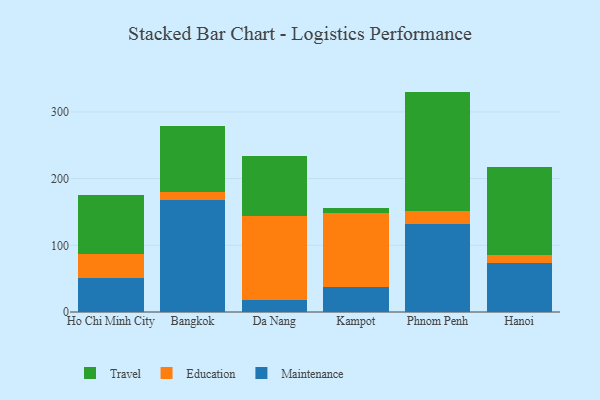
{"axis": {"x": "City", "y": "Latency (ms)"}, "legend": ["Education", "Maintenance", "Travel"], "data": [{"x": "Ho Chi Minh City", "y": 50.3, "type": "Maintenance"}, {"x": "Ho Chi Minh City", "y": 37.2, "type": "Education"}, {"x": "Ho Chi Minh City", "y": 87.4, "type": "Travel"}, {"x": "Bangkok", "y": 167.7, "type": "Maintenance"}, {"x": "Bangkok", "y": 12.2, "type": "Education"}, {"x": "Bangkok", "y": 99.2, "type": "Travel"}, {"x": "Da Nang", "y": 18.2, "type": "Maintenance"}, {"x": "Da Nang", "y": 126.2, "type": "Education"}, {"x": "Da Nang", "y": 90.0, "type": "Travel"}, {"x": "Kampot", "y": 37.8, "type": "Maintenance"}, {"x": "Kampot", "y": 111.1, "type": "Education"}, {"x": "Kampot", "y": 6.6, "type": "Travel"}, {"x": "Phnom Penh", "y": 132.7, "type": "Maintenance"}, {"x": "Phnom Penh", "y": 18.9, "type": "Education"}, {"x": "Phnom Penh", "y": 178.9, "type": "Travel"}, {"x": "Hanoi", "y": 73.4, "type": "Maintenance"}, {"x": "Hanoi", "y": 12.7, "type": "Education"}, {"x": "Hanoi", "y": 131.7, "type": "Travel"}]}